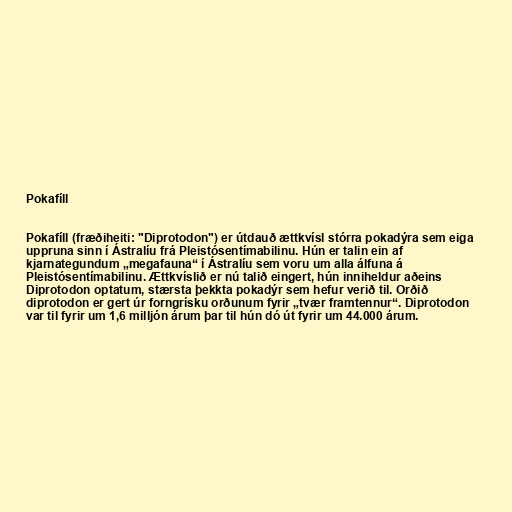
Pokafíll

Pokafíll (fræðiheiti: "Diprotodon") er útdauð ættkvísl stórra pokadýra sem eiga
uppruna sinn í Ástralíu frá Pleistósentímabilinu. Hún er talin ein af
kjarnategundum „megafauna“ í Ástralíu sem voru um alla álfuna á
Pleistósentímabilinu. Ættkvíslið er nú talið eingert, hún inniheldur aðeins
Diprotodon optatum, stærsta þekkta pokadýr sem hefur verið til. Orðið
diprotodon er gert úr forngrísku orðunum fyrir „tvær framtennur“. Diprotodon
var til fyrir um 1,6 milljón árum þar til hún dó út fyrir um 44.000 árum.